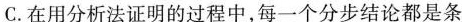
C.在用分析法证明的过程中，每一个分步结论都是条